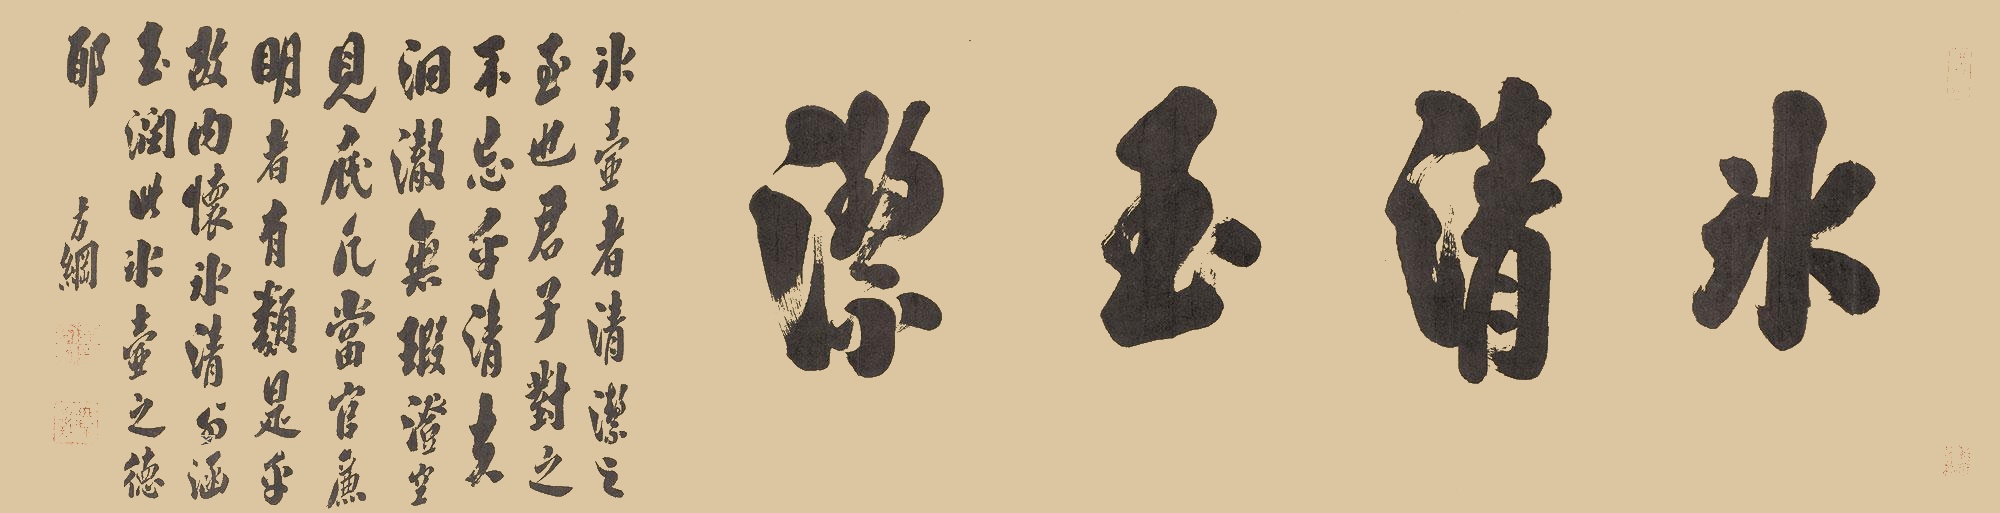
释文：冰清玉洁冰壶者清洁之至也，君子对之不忘乎。清夫洞清澈无瑕，澄空见底，凡当官廉明者有类是乎，故内怀冰清外涵玉润，此冰壶之德耶。方纲。